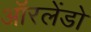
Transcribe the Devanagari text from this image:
ऑरलेंडो